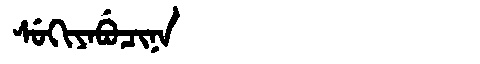
Manchu: ᠰᡠᡴᡳᠶᠠᠪᡠᠴᡳᠨᠠ
Romanization: SUKIYABUCINA